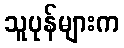
သူပုန်များက